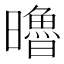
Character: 𣋼